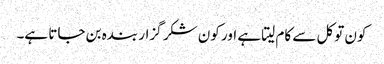
کون توکل سے کام لیتا ہے اور کون شکر گزار بندہ بن جاتا ہے۔